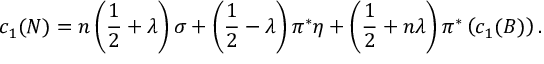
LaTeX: c _ { 1 } ( { \cal N } ) = n \left( { \frac { 1 } { 2 } } + \lambda \right) \sigma + \left( { \frac { 1 } { 2 } } - \lambda \right) \pi ^ { * } \eta + \left( { \frac { 1 } { 2 } } + n \lambda \right) \pi ^ { * } \left( c _ { 1 } ( B ) \right) .